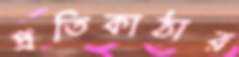
প্রতিকাঠার